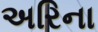
અરિના